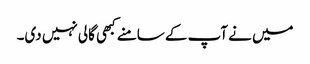
میں نے آپ کے سامنے کبھی گالی نہیں دی۔